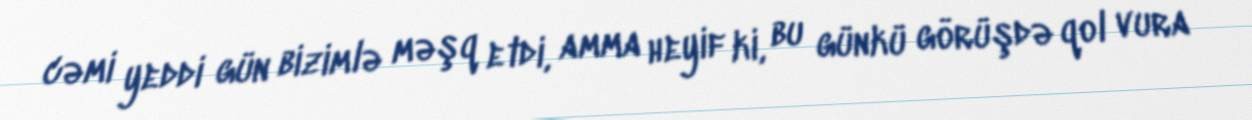
cəmi yeddi gün bizimlə məşq etdi, amma heyif ki, bu günkü görüşdə qol vura